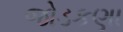
જોડકણા